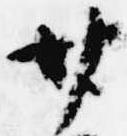
廿